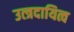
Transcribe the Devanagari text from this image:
उत्त्रदायित्व